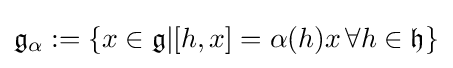
{\mathfrak {g_{\alpha }}}:=\{x\in {\mathfrak {g}}|[h,x]=\alpha (h)x\,\forall h\in {\mathfrak {h}}\}